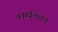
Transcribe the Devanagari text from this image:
फोर्म्युलेशन